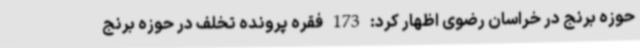
حوزه برنج در خراسان رضوی اظهار کرد: 173 فقره پرونده تخلف در حوزه برنج